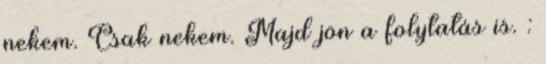
nekem. Csak nekem. Majd jön a folytatás is. :